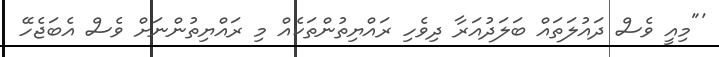
'"މިއީ ވެސް ދައުލަތައް ބަލަދުއަރާ ދިވެހި ރައްޔިތުންތަކެއް މި ރައްޔިތުންނަށް ވެސް އެބަޖެހޭ